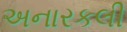
અનારકલી